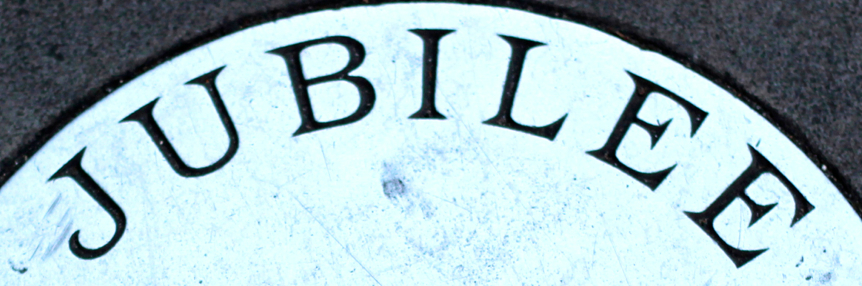
JUBILEE